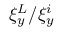
\xi _ { y } ^ { L } / \xi _ { y } ^ { i }